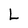
Character: L